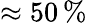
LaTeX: \approx 50\, \%